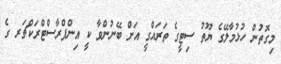
މިގޮތުން ހުޅުމާލޭގެ ޔޫތު ސިޓީގެ ތަރައްްގީ އަށް ބޭނުންވާ ކީ އިންފްރާސްޓްރަކްޗަރ ގެ